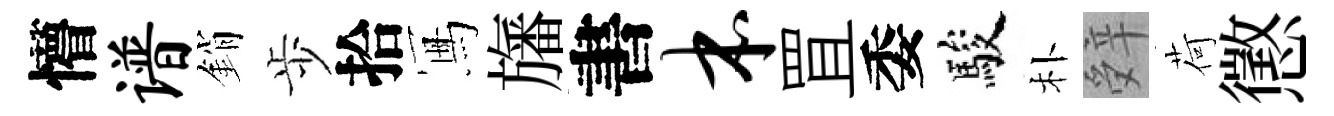
懵谱銷歩拾冩旛書本罝委駿朴辤荷懲